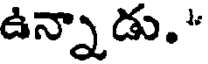
ఉన్నాడు."